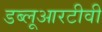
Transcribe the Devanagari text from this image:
डब्लूआरटीवी